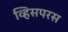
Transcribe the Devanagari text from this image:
व्हिसपरस